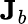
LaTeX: {\mathbf J}_{b}